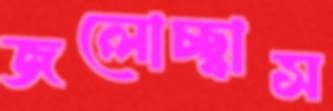
জলোচ্ছ্বাস